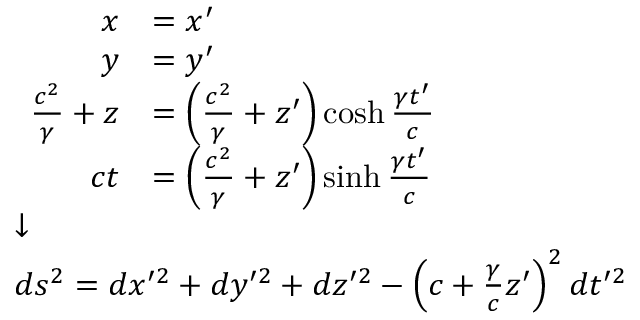
\scriptstyle { \begin{array} { l } { { \begin{array} { r l } { x } & { = x ^ { \prime } } \\ { y } & { = y ^ { \prime } } \\ { { \frac { c ^ { 2 } } { \gamma } } + z } & { = \left( { \frac { c ^ { 2 } } { \gamma } } + z ^ { \prime } \right) \cosh { \frac { \gamma t ^ { \prime } } { c } } } \\ { c t } & { = \left( { \frac { c ^ { 2 } } { \gamma } } + z ^ { \prime } \right) \sinh { \frac { \gamma t ^ { \prime } } { c } } } \end{array} } } \\ { { \boldsymbol { \downarrow } } } \\ { d s ^ { 2 } = d x ^ { \prime 2 } + d y ^ { \prime 2 } + d z ^ { \prime 2 } - \left( c + { \frac { \gamma } { c } } z ^ { \prime } \right) ^ { 2 } d t ^ { \prime 2 } } \end{array} }